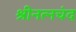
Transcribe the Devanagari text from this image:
श्रीनत्नचंद